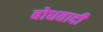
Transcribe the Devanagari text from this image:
बोधवादी